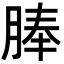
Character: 䏾